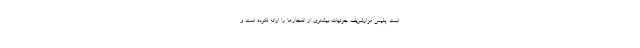
است. پلیس مزارشریف جزئیات بیشتری از انفجارها را ارائه نکرده است و